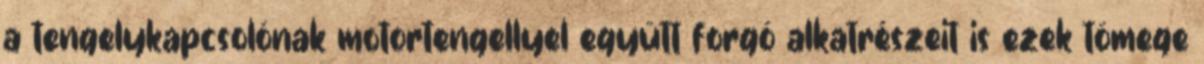
a tengelykapcsolónak motortengellyel együtt forgó alkatrészeit is ezek tömege